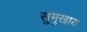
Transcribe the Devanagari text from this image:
सुमुखाय